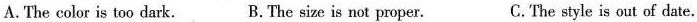
A. The color is too dark. B. The size is not proper. C.The style is out of date.